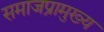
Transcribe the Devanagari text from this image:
समाजप्रामुख्य